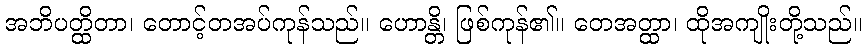
အဘိပတ္ထိတာ၊ တောင့်တအပ်ကုန်သည်။ ဟောန္တိ၊ ဖြစ်ကုန်၏။ တေအတ္ထာ၊ ထိုအကျိုးတို့သည်။